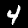
Label: 4